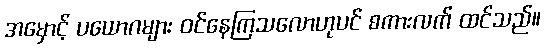
အမှောင့် ပယောဂများ ဝင်နေကြသလောဟုပင် စကားလက် ထင်သည်။